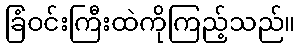
ခြံဝင်းကြီးထဲကိုကြည့်သည်။